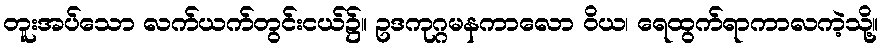
တူးအပ်သော လက်ယက်တွင်းငယ်၌။ ဥဒကုဂ္ဂမနကာလော ဝိယ၊ ရေထွက်ရာကာလကဲ့သို့။